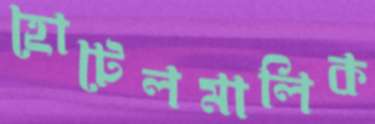
হোটেলমালিক